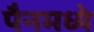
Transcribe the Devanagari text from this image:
पैनमध्ये